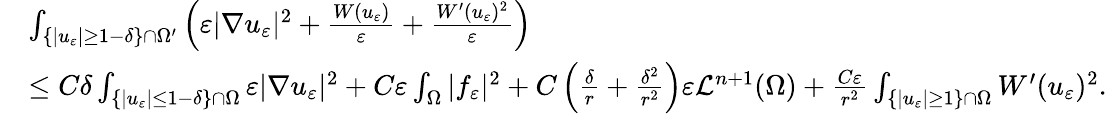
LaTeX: \begin{array}{rl}&{\int_{\{ |u_{\varepsilon}|\geq 1-\delta\} \cap\Omega^{\prime}}\left(\varepsilon|\nabla u_{\varepsilon}|^{2}+\frac{W(u_{\varepsilon})}{\varepsilon}+\frac{W^{\prime}(u_{\varepsilon})^{2}}{\varepsilon}\right)}\\ &{\leq C\delta\int_{\{ |u_{\varepsilon}|\leq 1-\delta\} \cap\Omega}\varepsilon|\nabla u_{\varepsilon}|^{2}+C\varepsilon\int_{\Omega}|f_{\varepsilon}|^{2}+C\left(\frac{\delta}{r}+\frac{\delta^{2}}{r^{2}}\right)\varepsilon\mathcal L^{n+1}(\Omega)+\frac{C\varepsilon}{r^{2}}\int_{\{ |u_{\varepsilon}|\geq 1\} \cap\Omega}W^{\prime}(u_{\varepsilon})^{2}.}\end{array}